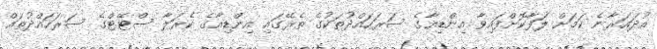
އުދައަރާނެ ކަމަށް ލަފާކޮށްފައިވާ އިންޑިއާގެ ސަރަހައްދުތަކުގެ ތެރޭގައި އިންޑިއާގެ ކެރަލާ ސްޓޭޓްގެ ސަރަހައްދުތައް